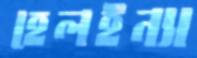
হেলইন্যা